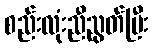
စည်းလုံးညီညွတ်ပြီး